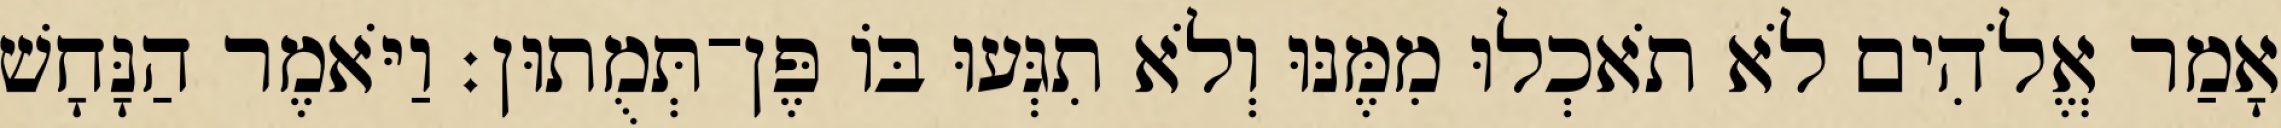
אָמַר אֱלֹהִים לֹא תֹאכְלוּ מִמֶּנּוּ וְלֹא תִגְּעוּ בֹּו פֶּן־תְּמֻתוּן׃ וַיֹּאמֶר הַנָּחָשׁ